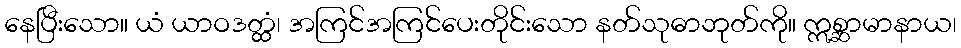
နေပြီးသော။ ယံ ယာဝဒတ္ထံ၊ အကြင်အကြင်ပေးတိုင်းသော နတ်သုဓာဘုတ်ကို။ ဣစ္ဆာမာနာယ၊